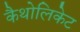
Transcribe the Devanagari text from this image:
कैथोलिकेट